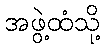
အဖွဲ့ထံသို့